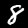
Digit: 8